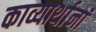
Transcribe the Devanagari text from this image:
काव्यार्थानां